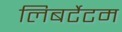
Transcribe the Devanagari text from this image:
लिबर्टेटम